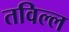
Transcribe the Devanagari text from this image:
तविल्ल